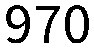
970